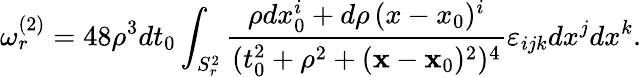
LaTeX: \omega_{r}^{(2)}=48\rho^{3}dt_{0}\int_{S_{r}^{2}}{\frac{\rho dx_{0}^{i}+d\rho\, (x-x_{0})^{i}}{(t_{0}^{2}+\rho^{2}+({\mathbf x}-{\mathbf x}_{0})^{2})^{4}}}\varepsilon_{ijk}dx^{j}dx^{k}.